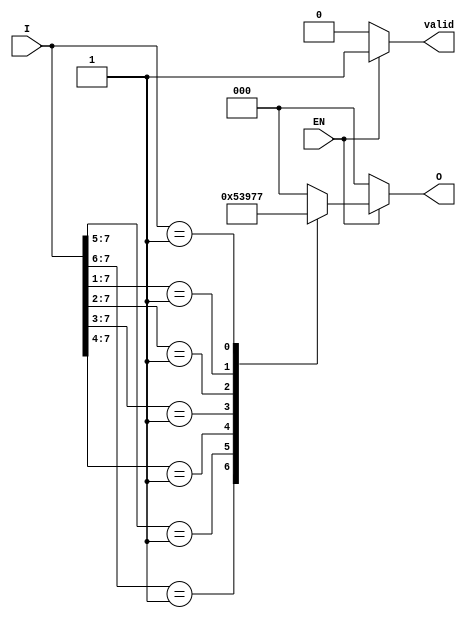
module priority_encoder (
    input wire [7:0] I,   // 8 input lines
    input wire EN,        // Enable signal
    output reg [2:0] O,   // 3 output lines
    output reg valid       // Valid signal to indicate if output is valid
);

always @(*) begin
    if (!EN) begin
        O = 3'b000;       // If EN is low, output is 0
        valid = 1'b0;     // Output is not valid
    end else begin
        valid = 1'b1;     // Output is valid
        casez (I)         // Use casez to handle don't care conditions
            8'b1???????: O = 3'b000; // I0 active
            8'b01??????: O = 3'b001; // I1 active
            8'b001?????: O = 3'b010; // I2 active
            8'b0001????: O = 3'b011; // I3 active
            8'b00001???: O = 3'b100; // I4 active
            8'b000001??: O = 3'b101; // I5 active
            8'b0000001?: O = 3'b110; // I6 active
            8'b00000001: O = 3'b111; // I7 active
            default: O = 3'b000;      // Default case (should not occur)
        endcase
    end
end

endmodule